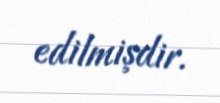
edilmişdir.